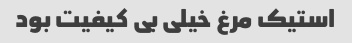
استیک مرغ خیلی بی کیفیت بود